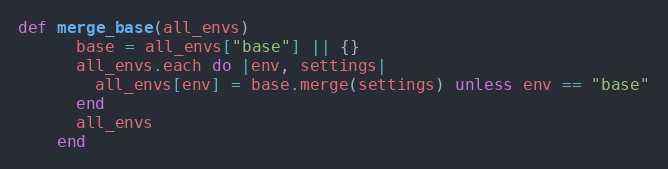
Language: Ruby
def merge_base(all_envs)
      base = all_envs["base"] || {}
      all_envs.each do |env, settings|
        all_envs[env] = base.merge(settings) unless env == "base"
      end
      all_envs
    end